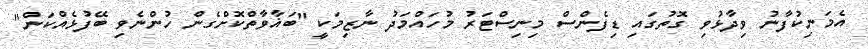
އެމަނިކުފާނު ވިދާޅުވި ގޮތުގައި ޑިފެންސް މިނިސްޓަރު މުހައްމަދު ނާޒިމަކީ "ބަޣާވާތްކޮށްގެން ހުންނެވި ބޭފުޅެއްކަން"